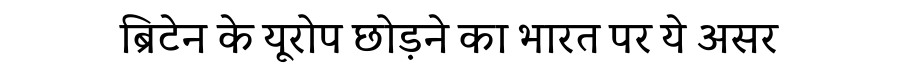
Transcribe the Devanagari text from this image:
ब्रिटेन के यूरोप छोड़ने का भारत पर ये असर